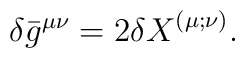
{}\delta \bar{g}^{\mu \nu} = 2 {\delta X}^{(\mu;\nu)}.